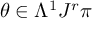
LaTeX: \theta \in \Lambda ^ { 1 } J ^ { r } \pi